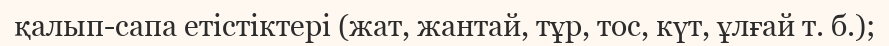
қалып-сапа етістіктері (жат, жантай, тұр, тос, күт, ұлғай т. б.);